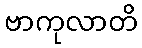
ဗာကုလာတိ